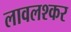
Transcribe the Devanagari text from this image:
लावलश्कर